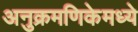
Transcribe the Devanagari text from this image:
अनुक्रमणिकेमध्ये